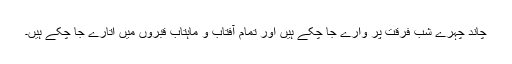
چاند چہرے شب فرقت پر وارے جا چکے ہیں اور تمام آفتاب و ماہتاب قبروں میں اتارے جا چکے ہیں۔